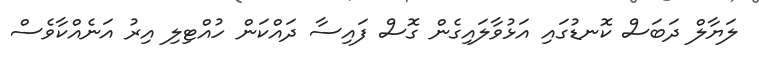
ލަޔާލް ދަބަސް ކޮނޑުގައި އަޅުވާލައިގެން ގޮސް ފައިސާ ދައްކަން ހުއްޓިލި އިރު އަނެއްކާވެސް